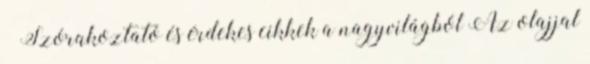
– Szórakoztató és érdekes cikkek a nagyvilágból Az olajjal